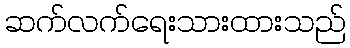
ဆက်လက်ရေးသားထားသည်